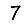
Digit: 7